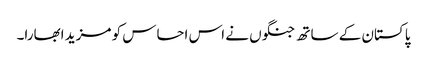
پاکستان کے ساتھ جنگوں نے اس احساس کو مزید ابھارا۔